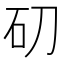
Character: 𥐛